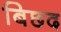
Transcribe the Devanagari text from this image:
बिछद